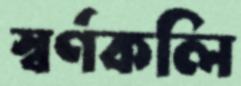
স্বর্ণকলি